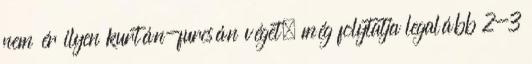
nem ér ilyen kurtán-furcsán véget, még folytatja legalább 2-3